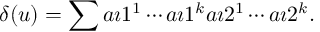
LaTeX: \delta ( u ) = \sum a \i 1 ^ { 1 } \cdots a \i 1 ^ { k } \o a \i 2 ^ { 1 } \cdots a \i 2 ^ { k } .